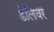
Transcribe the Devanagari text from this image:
डेलिवर